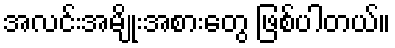
အလင်းအမျိုးအစားတွေ ဖြစ်ပါတယ်။